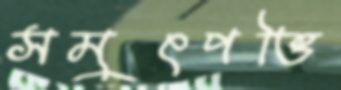
সমুৎপত্তি